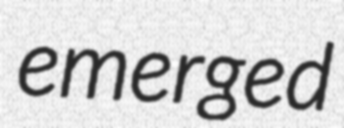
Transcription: emerged